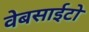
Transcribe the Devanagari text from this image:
वेबसाईटो